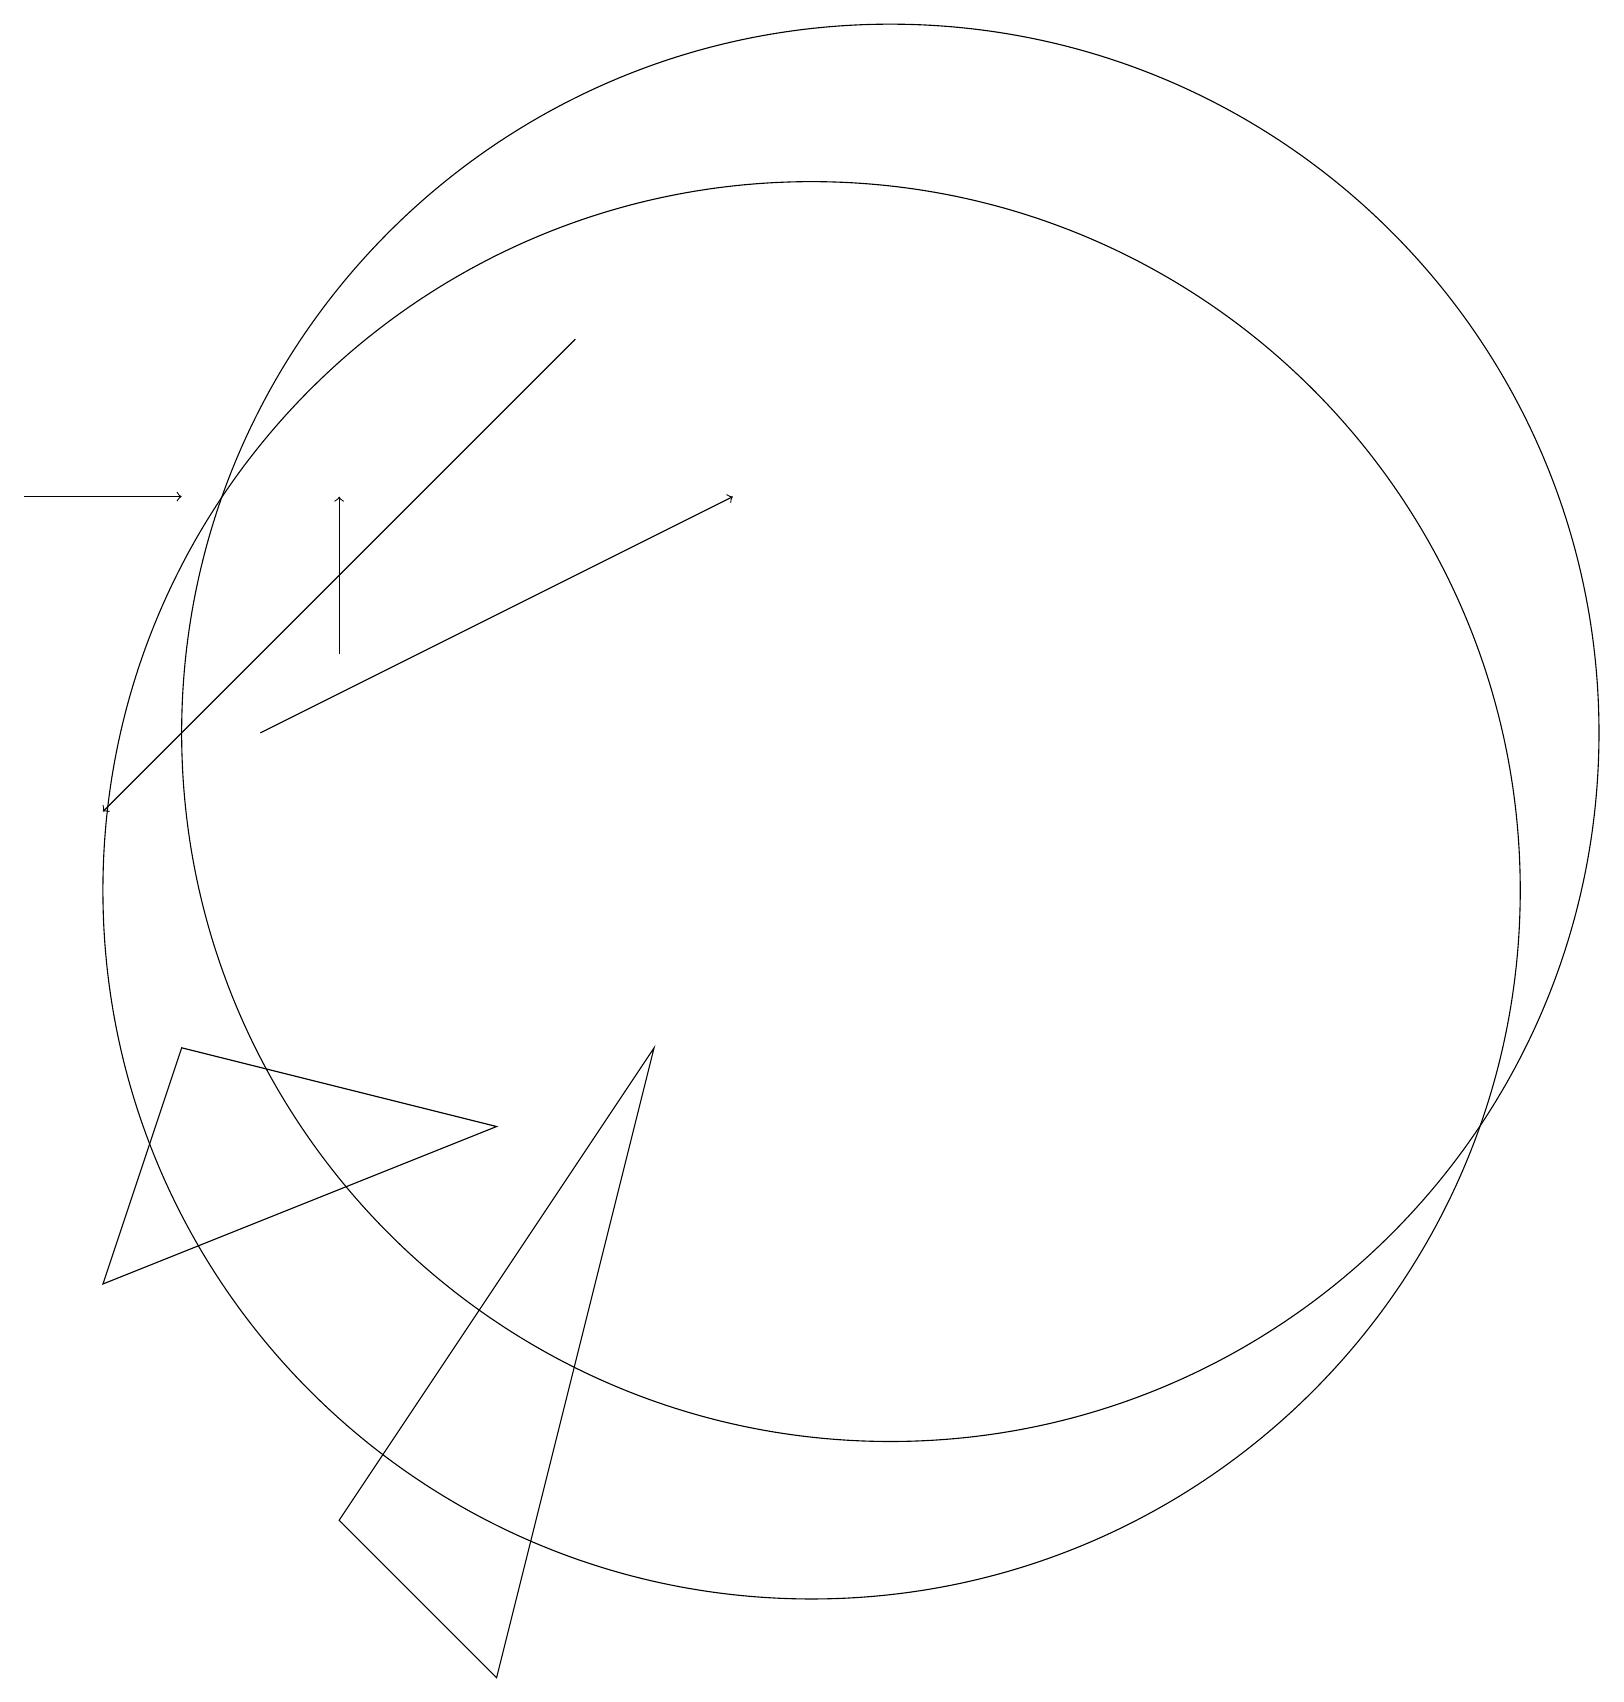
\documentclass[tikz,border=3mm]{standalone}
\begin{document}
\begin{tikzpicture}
\draw[->] (7,17) -- (1,11);
\draw[->] (3,12) -- (9,15);
\draw (10,10) circle (9);
\draw (11,12) circle (9);
\draw (2,8) -- (1,5) -- (6,7) -- cycle;
\draw (6,0) -- (4,2) -- (8,8) -- cycle;
\draw[->] (0,15) -- (2,15);
\draw[->] (4,13) -- (4,15);
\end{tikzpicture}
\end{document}